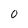
Character: O